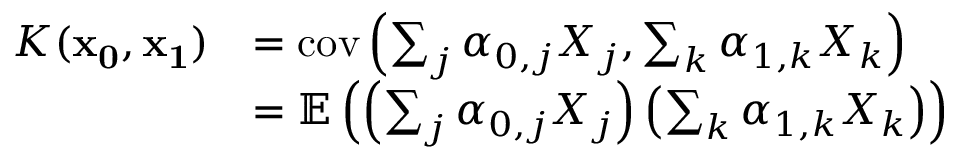
\begin{array} { r l } { K ( \mathbf { x _ { 0 } } , \mathbf { x _ { 1 } } ) } & { = \mathrm { c o v } \left( \sum _ { j } \alpha _ { 0 , j } X _ { j } , \sum _ { k } \alpha _ { 1 , k } X _ { k } \right) } \\ & { = \mathbb { E } \left( \left( \sum _ { j } \alpha _ { 0 , j } X _ { j } \right) \left( \sum _ { k } \alpha _ { 1 , k } X _ { k } \right) \right) } \end{array}